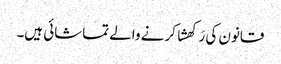
قانون کی رَکھشا کرنے والے تماشائی ہیں۔